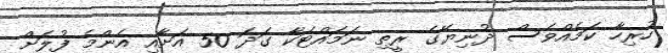
ހުރިހާ ކަމެއްވެސް ދުނިޔޭގެ ރީތި ނަމައްޓަކާ ގަދަ 50 އަށާއި އެންމެ ފުލަށް